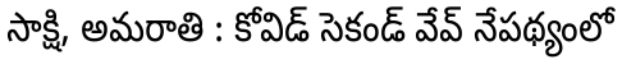
సాక్షి, అమరాతి : కోవిడ్ సెకండ్ వేవ్ నేపథ్యంలో